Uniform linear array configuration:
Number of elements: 8
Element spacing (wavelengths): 0.25
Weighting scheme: exponential
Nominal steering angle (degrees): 30
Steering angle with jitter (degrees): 30.173
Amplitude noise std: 0.05
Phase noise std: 0.05

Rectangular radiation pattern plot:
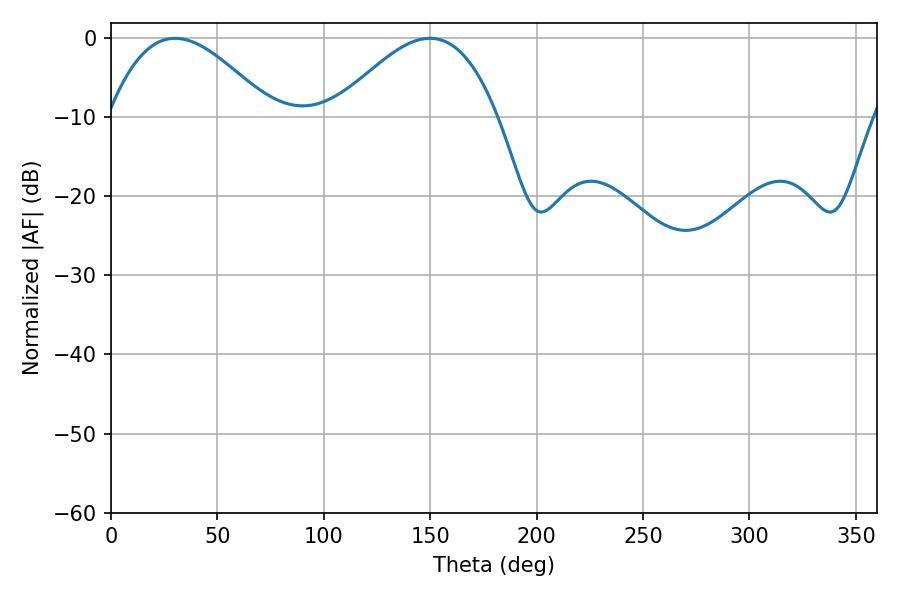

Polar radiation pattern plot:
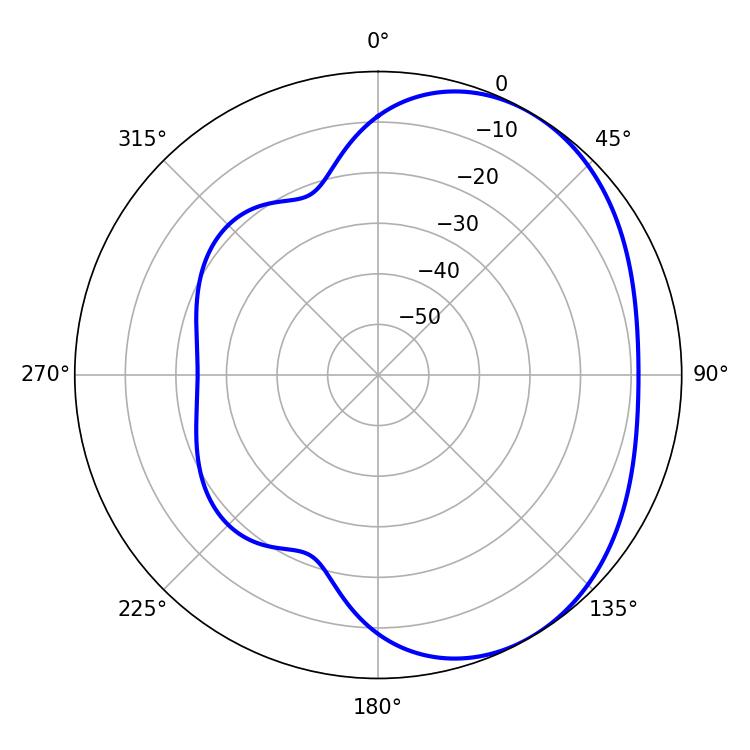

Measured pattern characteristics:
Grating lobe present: FALSE
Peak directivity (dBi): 3.509
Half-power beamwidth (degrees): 41.58
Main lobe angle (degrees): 30.06